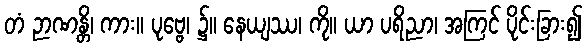
တံ ဉာဏန္တိ၊ ကား။ ပုဗ္ဗေ၊ ၌။ နေယျဿ၊ ကို။ ယာ ပရိညာ၊ အကြင် ပိုင်းခြား၍